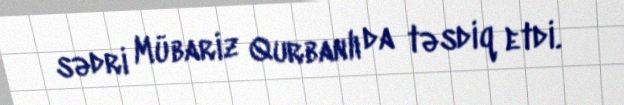
sədri Mübariz Qurbanlı da təsdiq etdi.